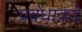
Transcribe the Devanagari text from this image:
प्रबंधाकडे